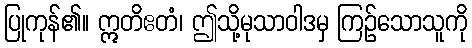
ပြုကုန်၏။ ဣတိဧတံ၊ ဤသို့မုသာဝါဒမှ ကြဉ်သောသူကို